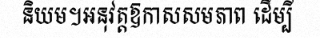
និយម។អនុវត្តឱកាសសមភាព ដើម្បី